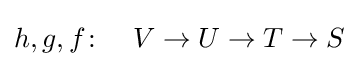
h,g,f\colon \quad V\to U\to T\to S